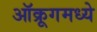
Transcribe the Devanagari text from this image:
ऑक्रूगमध्ये